Vaccination in Bombay 1902-1912 - 1902-1912
Year: 1902
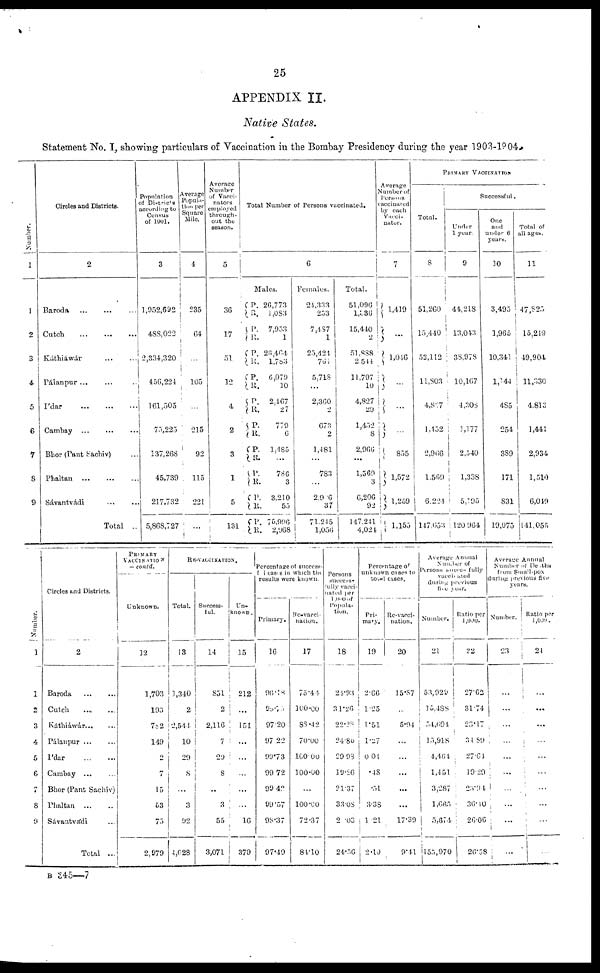
25
APPENDIX II.
Native States.
Statement No. I, showing particulars of Vaccination in the Bombay Presidency during the year 1903-1904.
Number.
1
1
2
3
4
5
6
7
8
9
Circles and Districts.
2
Baroda ... ... ...
Cutch
...
...
...
Káthiáwár ... ...
Pálanpur ... ... ...
Ídar
...
...
...
Cambay ... ... ...
Bhor (Pant Sachiv) ...
Phaltan ... ... ...
Sávantvádi ... ...
Total
..
Population
of Districts
according to
Census
of 1901.
3
1,952,692
488,022
2,334,320
456,224
161,505
75,225
137,268
45,739
217,732
5,868,727
Average
Popula-
tion per
Square
Mile.
4
235
64
...
105
...
215
92
115
221
...
Average
Number
of Vacci-
nators
employed
through-
out the
season.
5
36
17
51
12
4
2
3
1
5
131
Total Number of Persons vaccinated.
6
Males.
P.
R.
P.
R.
P.
R.
P.
R.
P.
R.
P.
R.
P.
R.
P.
R.
P.
R.
P.
R.
26,773
1 ,083
7,953
1
26,464
1,783
6 079
10
2,467
27
779
6
1,485
...
786
3
3,210
55
75,996
2,968
Females.
24,333
253
7,487
1
25,424
761
5,718
...
2,360
2
673
2
1,481
...
783
...
29.6
37
71,245
1,056
Total.
51,096
1,336
15,440
2
51,888
2,544
11,797
10
4,827
29
1,452
8
2,966
...
1,569
3
6,206
92
147,241
4,024
Average
Number of
Persons
vaccinated
by each
Vacci-
nator.
7
1,419
...
1,046
...
...
...
855
1,572
1,259
1,155
PRIMARY VACCINATION
Total.
8
51,260
15,440
52,112
11,803
4,827
1,452
2,966
1,569
6,224
147,653
Successful.
Under
1 year.
9
44,218
13,043
38,978
10,167
4,308
1,177
2,540
1,338
5,195
120,964
One
and
under 6
years.
10
3,495
1,965
10,341
1,144
485
254
389
171
831
19,075
Total of
all ages.
11
47,825
15,249
49,904
11,330
4,813
1,441
2,934
1,510
6,049
141,055
Number.
1
1
2
3
4
5
6
7
8
9
Circles and Districts.
2
Baroda ... ...
Cutch
...
...
Káthiáwár ... ...
Pálanpur
...
...
Ídar
...
...
Cambay ... ...
Bhor (Pant Sachiv)
Phaltan
...
...
Sávantvádi ...
Total ...
PRIMARY
VACCINATION
— contd.
Unknown.
12
1,703
193
782
149
2
7
15
53
75
2,979
RE-VACCINATION.
Total.
13
1,340
2
2,544
10
29
8
...
3
92
4,028
Success-
ful.
14
851
2
2,116
7
29
8
...
3
55
3,071
Un-
known .
15
212
...
151
...
...
...
...
...
16
379
Percentage of success-
ful cases in which the
results were known.
Primary.
16
96.18
98.75
97.20
97.22
99.73
99.72
99.42
99.57
98.37
97.49
Re-vacci-
nation.
17
75.44
100.00
88.42
70.00
100.00
100.00
...
100.00
72.37
84.10
Persons
success-
fully vacci-
nated per
1, 000 of
Popula-
tion.
18
24.93
31.26
22.28
24.85
29.98
19.26
21.37
33.08
20.03
24.56
Percetage of
unknown cases to
total cases.
Pri-
mary.
19
2.66
1.25
1.51
1.27
0.04
.48
.51
3.38
1.21
2.10
Re-vacci-
nation.
20
15.87
...
5.94
...
...
...
...
17.39
9.41
Average Annual
Number of
Persons successfully
vaccinated
during previous
fi ve year.
Number.
21
53,929
15,488
54,694
15,918
4,464
1,451
3,287
1,665
5,674
155,970
Ratio per
1,000.
22
27.62
31.74
23.17
34.89
27.64
19.29
23,94
36.40
26.06
26.58
Average Annual
Number of Deaths
from Small-pox
during previous five
years.
Number.
23
...
...
...
...
...
...
...
...
...
...
Ratio per
1,000.
24
...
...
...
...
...
...
...
...
...
...
B 345—7